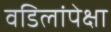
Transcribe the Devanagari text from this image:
वडिलांपेक्षा